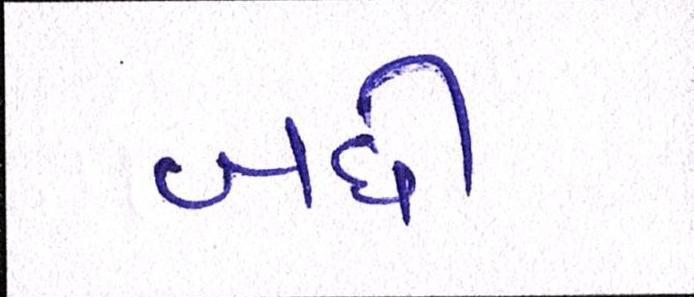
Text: બધી